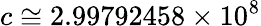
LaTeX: c\cong 2.99792458\times 10^{8}